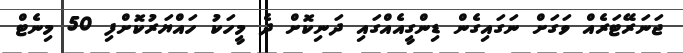
ޖަނަރޭޓަރެއް ވަގަށް ނަގައިގެން ޑިންގީއެއްގައި ދަނިކޮށް ދެ މީހަކު ހައްޔަރުކޮށްފި 50 މިނެޓް